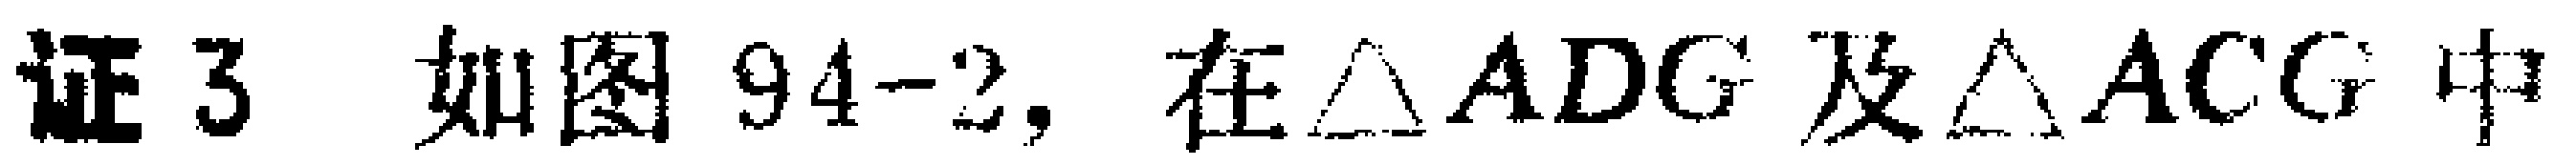
证3 如图94 - 2，在\(\triangle ADG\)及\(\triangle ACG\)中